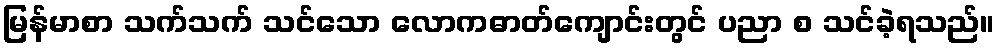
မြန်မာစာ သက်သက် သင်သော လောကဓာတ်ကျောင်းတွင် ပညာ စ သင်ခဲ့ရသည်။